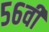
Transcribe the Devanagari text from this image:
५६वी